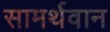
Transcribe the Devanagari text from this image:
सामर्थवान